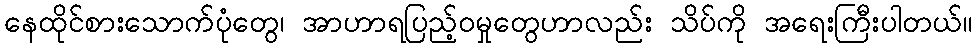
နေထိုင်စားသောက်ပုံတွေ၊ အာဟာရပြည့်ဝမှုတွေဟာလည်း သိပ်ကို အရေးကြီးပါတယ်။